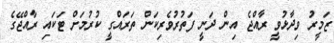
ޒަމީރު ވިދާޅުވީ ރާއްޖެ އިން ދަނީ ފަތުރުވެރިކަން ތަރައްގީ ކުރުމަށް ޓަކައި ރާއްޖޭގެ